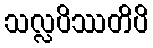
သလ္လပိဿတိပိ